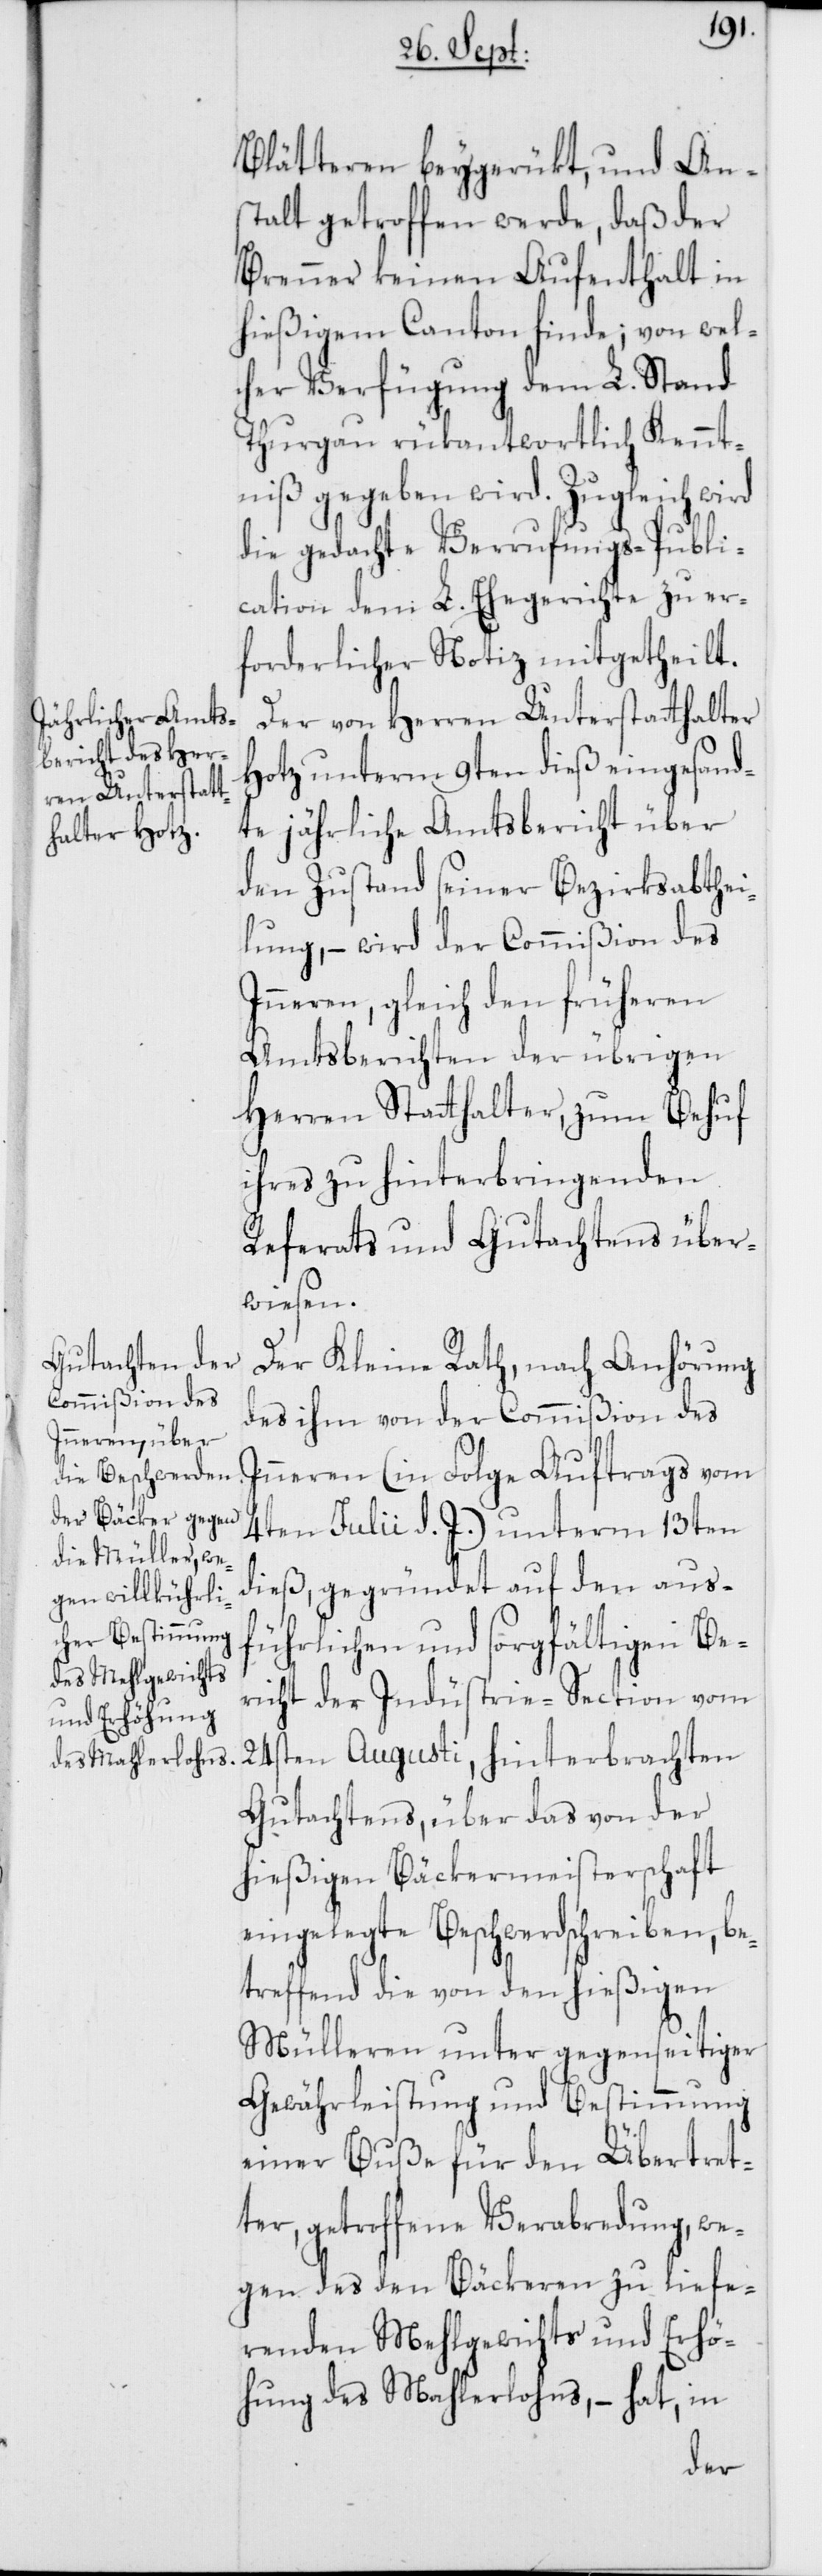
Blätteren beygerükt, und Ans¬
talt getroffen werde, daß der
Brenner keinen Aufenthalt in
hießigem Canton finde; von wel¬
cher Verfügung dem L. Stand
Thurgau rükantwortlich Kennt¬
niß gegeben wird. Zugleich wird
die gedachte Verrufungs-Publi¬
cation dem L. Ehegerichte zu er¬
forderlicher Notiz mitgetheilt.
Der von Herren Unterstatthalter
Hotz unterm 9ten dieß eingesand¬
te jährliche Amtsbericht über
den Zustand seiner Bezirksabthei¬
lung, – wird der Commißion des
Inneren, gleich den früheren
Amtsberichten der übrigen
Herren Statthalter, zum Behuf
ihres zu hinterbringenden
Referats und Gutachtens über¬
wiesen.
Der Kleine Rath, nach Anhörung
des ihm von der Commißion des
Inneren (in Folge Auftrags vom
4ten Julii d. J.) unterm 13ten
dieß, gegründet auf den aus¬
führlichen und sorgfältigen Be¬
richt der Indüstrie-Section vom
24sten Augusti, hinterbrachten
Gutachtens, über das von der
hießigen Bäckermeisterschaft
eingelegte Beschwerdschreiben, be¬
treffend die von den hießigen
Mülleren unter gegenseitiger
Gewährleistung und Bestimmung
einer Buße für den Übertret¬
ter, getroffene Verabredung, we¬
gen des den Bäckeren zu liefe¬
rnden Mehlgewichts und Erhö¬
hung des Mahlerlohns, – hat, in